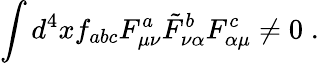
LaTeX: \int d^{4}xf_{abc}F_{\mu\nu}^{a}\tilde{F}_{\nu\alpha}^{b}F_{\alpha\mu}^{c}\ne 0\; .